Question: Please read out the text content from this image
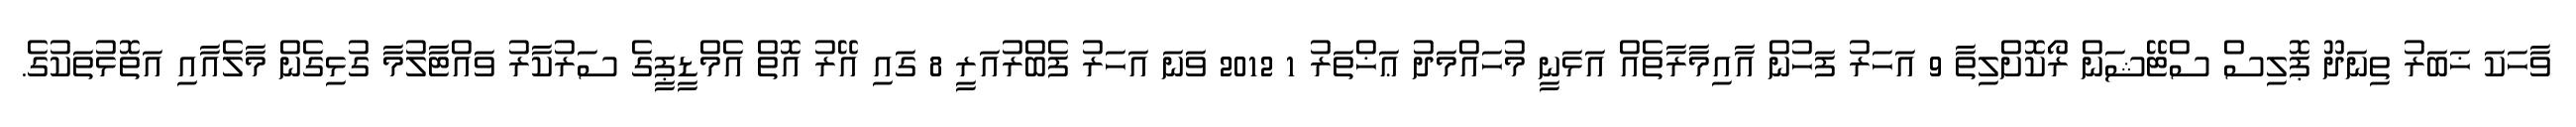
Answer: ވާހަކަ ޚަބަރު ތިނަދޫ ޕޮލިސް ސްޓޭޝަން ރޯކޮށްލިތާ 9 އަހަރު ފަހުން އާއިމާރާތެއް އަޅަނީ މުހައްމަދު ޢަޚްތަރު 1 2012 ވަނަ އަހަރު ފެބްރުއަރީ 8 ގައި އޭރު އޮތް އެމްޑީޕީގެ ސަރުކާރު ވައްޓާލުމާ ގުޅިގެން މާލެއާއި އަތޮޅުތަކުގެ.